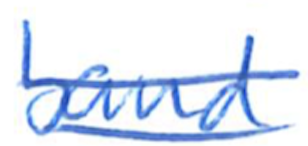
Text: band
Cross-out: double-line
Writing tool: ballpoint